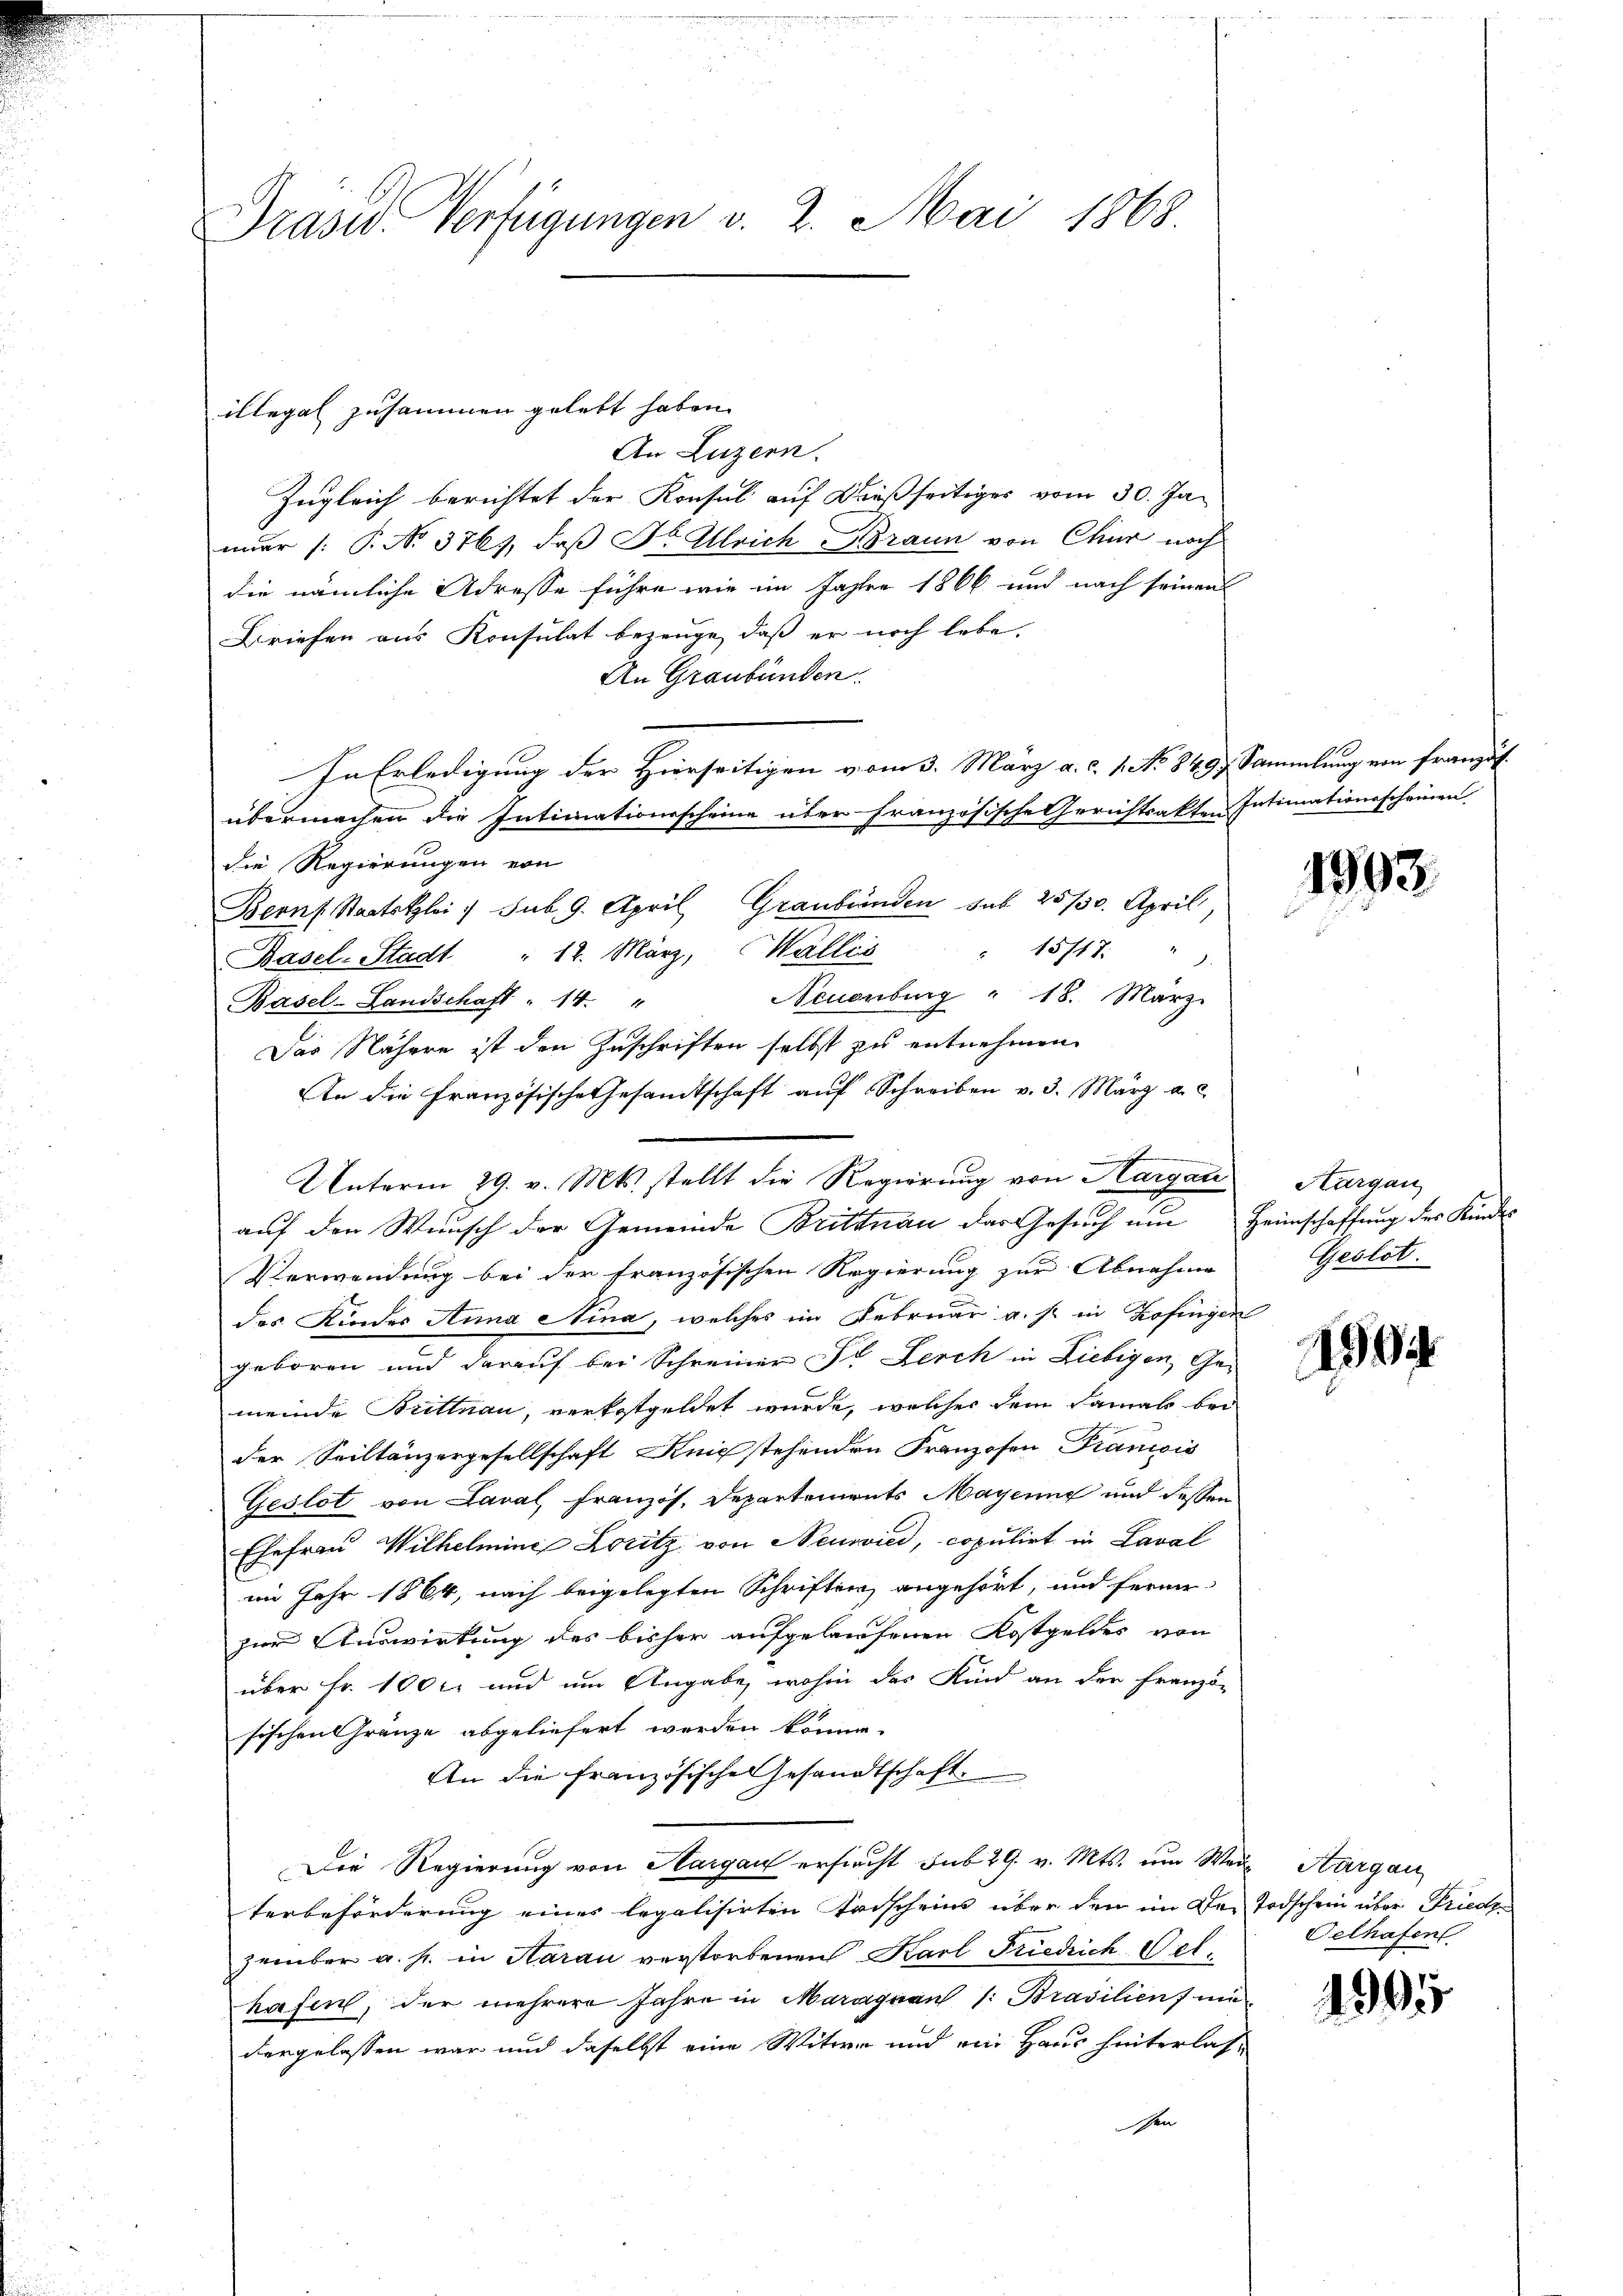
Prase Verfügungen v. 2. Mai 1868.

An Luzern.
Zugleich berichtet der Konsul auf dießseitiges vom 30. Jan
mar (: P. No. 376, daß Sr Ulrich Braun von Chur noch
die nämliche Adresse führe wie im Jahre 1866 und nach seinen
Briefen aus Konsulat bezeuge, daß er noch lebe.
An Graubünden.
In Erledigung der Hierseitigen vom 3. März a. c. 1. No 849, Sammlung von französübermachen die Intimationsscheine über französische Gerichtsakten Intimationsscheinen
die Regierungen von
Bern Staatstzlei / sub. 9. April Graubünden sub 25/30. April,
 15717.
Basel-Stadt " 12. März, Wallis
Neuenburg " 18. März.
Basel-Landschaft " 14. "
Das Nähere ist den Zuschriften selbst zu entnehmen
An die Französische Gesandtschaft aŭf Schreiben v. 3. März a. c.
weg 25.
auf den Wunsch der Gemeinde Brittnau das Gesuch um Heimschaffung des Kindes
Verwendung bei der französischen Regierung zur Abnahme
des Kindes Anna Nina, welches im Februar a. s. in Zofingen
geboren und darauf bei Schreiner Fr. Lerch in Liebigen, Gemeinde Brittnau, verkostgeldet wurde, welcher dem damals bei
der Spiltänzergesellschaft Knie stehenden Franzosen Francois
Geslot von Laval, Französ. Departements Mayenne und dessen
Ehefrau Wilhelmine Loritz von Neuvied, copulirt in Laval
im Jahr 1864, nach beigelegten Schriften angehört, und ferne
zur Auswirkung des bisher aufgelaufenen Kostgeldes von
über Fr. 100 l. und um Angabe, wohin das Kind an den Franzö-
sischen Gränze abgeliefert werden könne.
An die französische Gesandtschaft.
Die Regierung von Hargau ersicht sub 29. v. Mts. um Wein Aargau
terbeförderung eines legalisirten Trischeins über den im Der Todschein über Friedezember a. h. in Haran verstorbenen Karl Friedrich Velhafen, der mehrere Jahre in Maraguan /: Brasilien mi
dergelassen war und daselbst eine Witwe und ein Haus hinterlasschen

illegal zusammen gelebt haben.

Unterm 29. v. Mts. stellt die Regierung von Aargau

1993.

Aargau
Geslot.

30

Gelhafen

1995